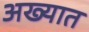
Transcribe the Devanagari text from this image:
अख्यात